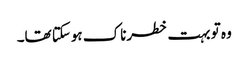
وہ تو بہت خطرناک ہوسکتا تھا۔